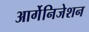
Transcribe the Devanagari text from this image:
आर्गेनिजेशन